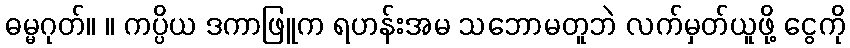
ဓမ္မဂုတ်။ ။ ကပ္ပိယ ဒကာဖြူက ရဟန်းအမ သဘောမတူဘဲ လက်မှတ်ယူဖို့ ငွေကို